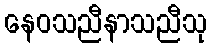
နေဝသညီနာသညီသု